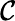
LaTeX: \mathcal{C}